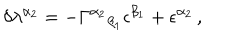
LaTeX: \delta \lambda ^ { \alpha _ { 2 } } = - \Gamma ^ { \alpha _ { 2 } } { } _ { \beta _ { 1 } } \epsilon ^ { \beta _ { 1 } } + \epsilon ^ { \alpha _ { 2 } } \, ,